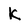
Character: k